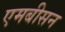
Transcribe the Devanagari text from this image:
एमबीसन